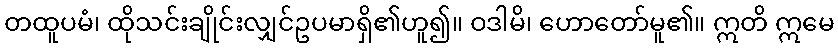
တထူပမံ၊ ထိုသင်းချိုင်းလျှင်ဥပမာရှိ၏ဟူ၍။ ဝဒါမိ၊ ဟောတော်မူ၏။ ဣတိ ဣမေ